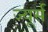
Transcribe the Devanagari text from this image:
ज्यूर्स